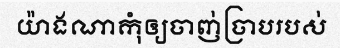
យ៉ាងណាកុំឲ្យចាញ់ច្រាបរបស់